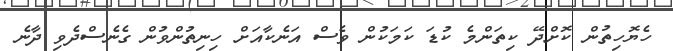
ހެޔޮހިތުން ކޮށްދޭ ކިތަންމެ ކުޑަ ކަމަކުން ވެސް އަނެކާއަށް ހިނިތުންވުން ގެނެސްދެވި ދާނެ